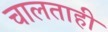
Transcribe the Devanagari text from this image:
चालताही